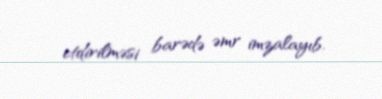
etdirilməsi barədə əmr imzalayıb.